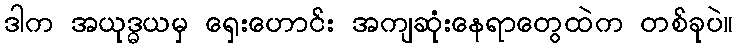
ဒါက အယုဒ္ဓယမှ ရှေးဟောင်း အကျဆုံးနေရာတွေထဲက တစ်ခုပဲ။